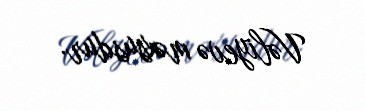
Vəliyevə məxsusdur.